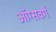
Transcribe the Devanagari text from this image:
ऑग्सवर्ग